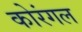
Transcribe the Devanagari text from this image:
कोरंगल